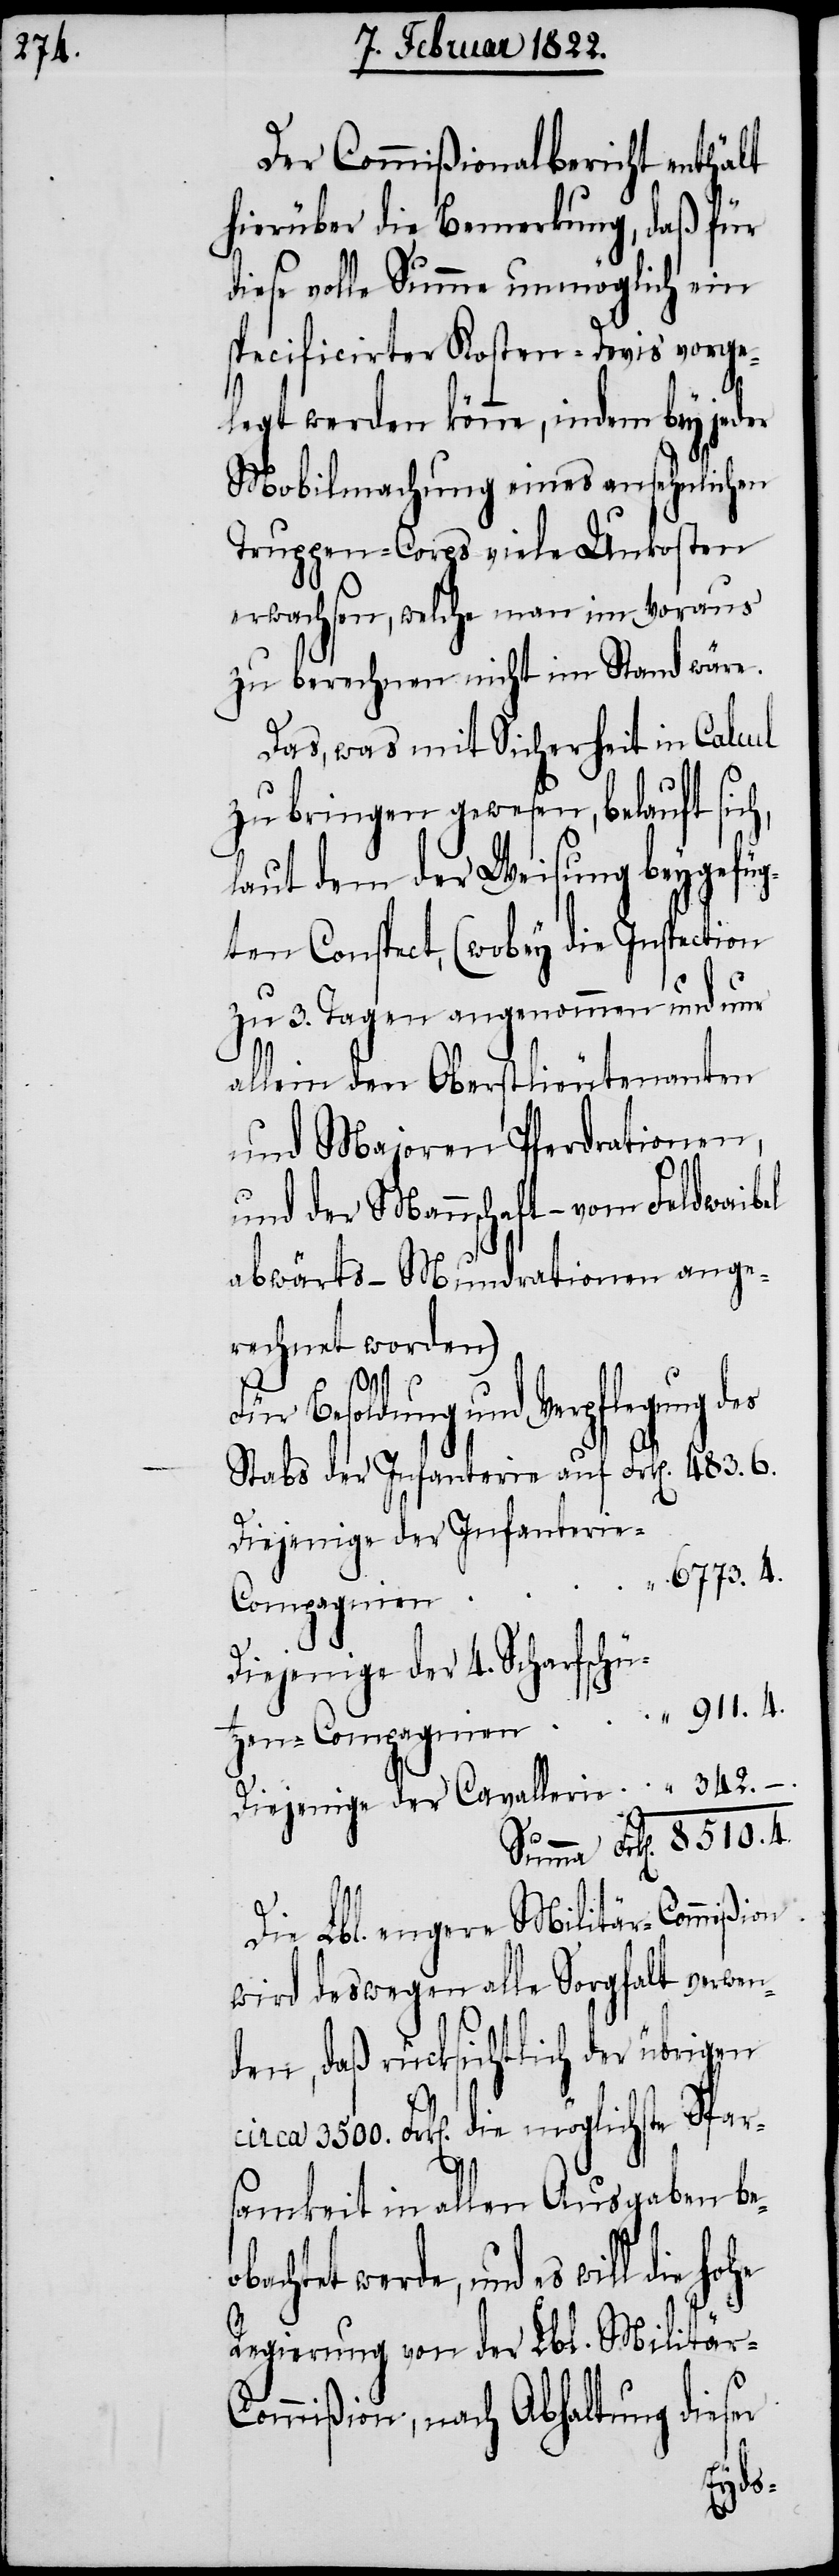
Der Commißionalbericht enthält
hierüber die Bemerkung, daß für
diese volle Summe unmöglich ein
specificirter Kosten-Devis vorge¬
legt werden könne, indem bey jeder
Mobilmachung eines ansehnlichen
Truppen-Corps viele Unkosten
erwachsen, welche man im Voraus
zu berechnen nicht im Stand wäre.
Das, was mit Sicherheit in Calcul
zu bringen gewesen, belauft sic¬
laut dem der Weisung beygefüg¬
ten Conspect, (wobey die Inspection
zu 3. Tagen angenommen und nur
allein den Oberstlieutenanten
und Majoren Pferdrationen,
und der Mannschaft – vom Feldwaibel
abwärts – Mundrationen ange¬
rechnet worden)
h,
Besoldung und Verpflegung
Stabs der Infanterie auf 	Frk[en]. 483.6.
Diejenige der Infanteri¬
Diejenige der 4. Scharfschü¬
tzen-Compagnien					 “ 911.4.
Diejenige der Cavallerie
Summa Frk[en]. 8510.4
Die Lbl. engere Militär-Commißion
wird deswegen alle Sorgfalt verwen¬
den, daß rücksichtlich der übrigen
circa 3500. Frk[en]. die möglichste Spar¬
samkeit in allen Ausgaben be¬
erde, und es will die hohe
Regierung von der Lbl. Militär-C¬
ommißion, nach Abhaltung
dieser